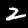
Digit: 2